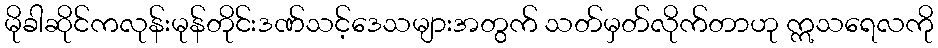
မိုခါဆိုင်ကလုန်းမုန်တိုင်းဒဏ်သင့်ဒေသများအတွက် သတ်မှတ်လိုက်တာဟု ဣသရေလကို